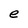
Character: e